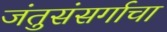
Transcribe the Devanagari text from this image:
जंतुसंसर्गाचा